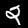
Digit: 2